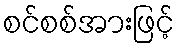
စင်စစ်အားဖြင့်